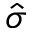
\hat { \sigma }